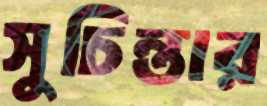
সুচিন্তার